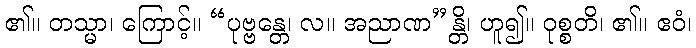
၏။ တသ္မာ၊ ကြောင့်။ “ပုဗ္ဗန္တေ၊ လ။ အညာဏ”န္တိ၊ ဟူ၍။ ဝုစ္စတိ၊ ၏။ ဧဝံ၊